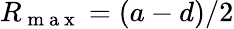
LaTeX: R_{\mathrm{~m~a~x~}}=(a-d)/2